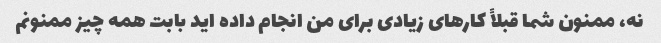
نه، ممنون شما قبلاً کارهای زیادی برای من انجام داده اید بابت همه چیز ممنونم